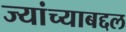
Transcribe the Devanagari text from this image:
ज्यांच्याबद्दल